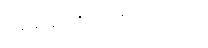
ရေးသားထားကြသည်